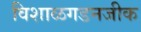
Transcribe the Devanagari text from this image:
विशाळगडनजीक